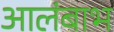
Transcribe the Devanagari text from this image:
आलंबाभ